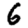
Digit: 6